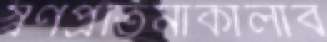
স্বর্ণপ্রতিমাকালাব